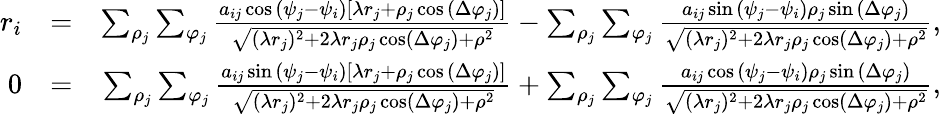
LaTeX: \begin{array}{rlr}{r_{i}}&{=}&{\sum_{\rho_{j}}\sum_{\varphi_{j}}\frac{a_{ij}\cos{\left(\psi_{j}-\psi_{i}\right)}\left[\lambda r_{j}+\rho_{j}\cos{\left(\Delta\varphi_{j}\right)}\right]}{\sqrt{(\lambda r_{j})^{2}+2\lambda r_{j}\rho_{j}\cos\left(\Delta\varphi_{j}\right)+\rho^{2}}}-\sum_{\rho_{j}}\sum_{\varphi_{j}}\frac{a_{ij}\sin{\left(\psi_{j}-\psi_{i}\right)}\rho_{j}\sin{\left(\Delta\varphi_{j}\right)}}{\sqrt{(\lambda r_{j})^{2}+2\lambda r_{j}\rho_{j}\cos\left(\Delta\varphi_{j}\right)+\rho^{2}}},}\\ {0}&{=}&{\sum_{\rho_{j}}\sum_{\varphi_{j}}\frac{a_{ij}\sin{\left(\psi_{j}-\psi_{i}\right)}\left[\lambda r_{j}+\rho_{j}\cos{\left(\Delta\varphi_{j}\right)}\right]}{\sqrt{(\lambda r_{j})^{2}+2\lambda r_{j}\rho_{j}\cos\left(\Delta\varphi_{j}\right)+\rho^{2}}}+\sum_{\rho_{j}}\sum_{\varphi_{j}}\frac{a_{ij}\cos{\left(\psi_{j}-\psi_{i}\right)}\rho_{j}\sin{\left(\Delta\varphi_{j}\right)}}{\sqrt{(\lambda r_{j})^{2}+2\lambda r_{j}\rho_{j}\cos\left(\Delta\varphi_{j}\right)+\rho^{2}}},}\end{array}